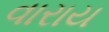
વારાય